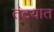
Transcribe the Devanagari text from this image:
तंटयात